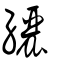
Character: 纚